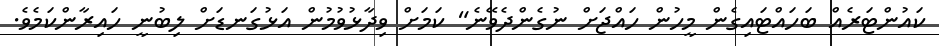
ކައުންޓަރެއް ބަހައްޓައިގެން މީހުން ހައްޖަށް ނުގެންދެވޭނެ" ކަމަށް ވިދާޅުވުމުން އަޅުގަނޑަށް ލިބުނީ ހައިރާންކަމެވެ.